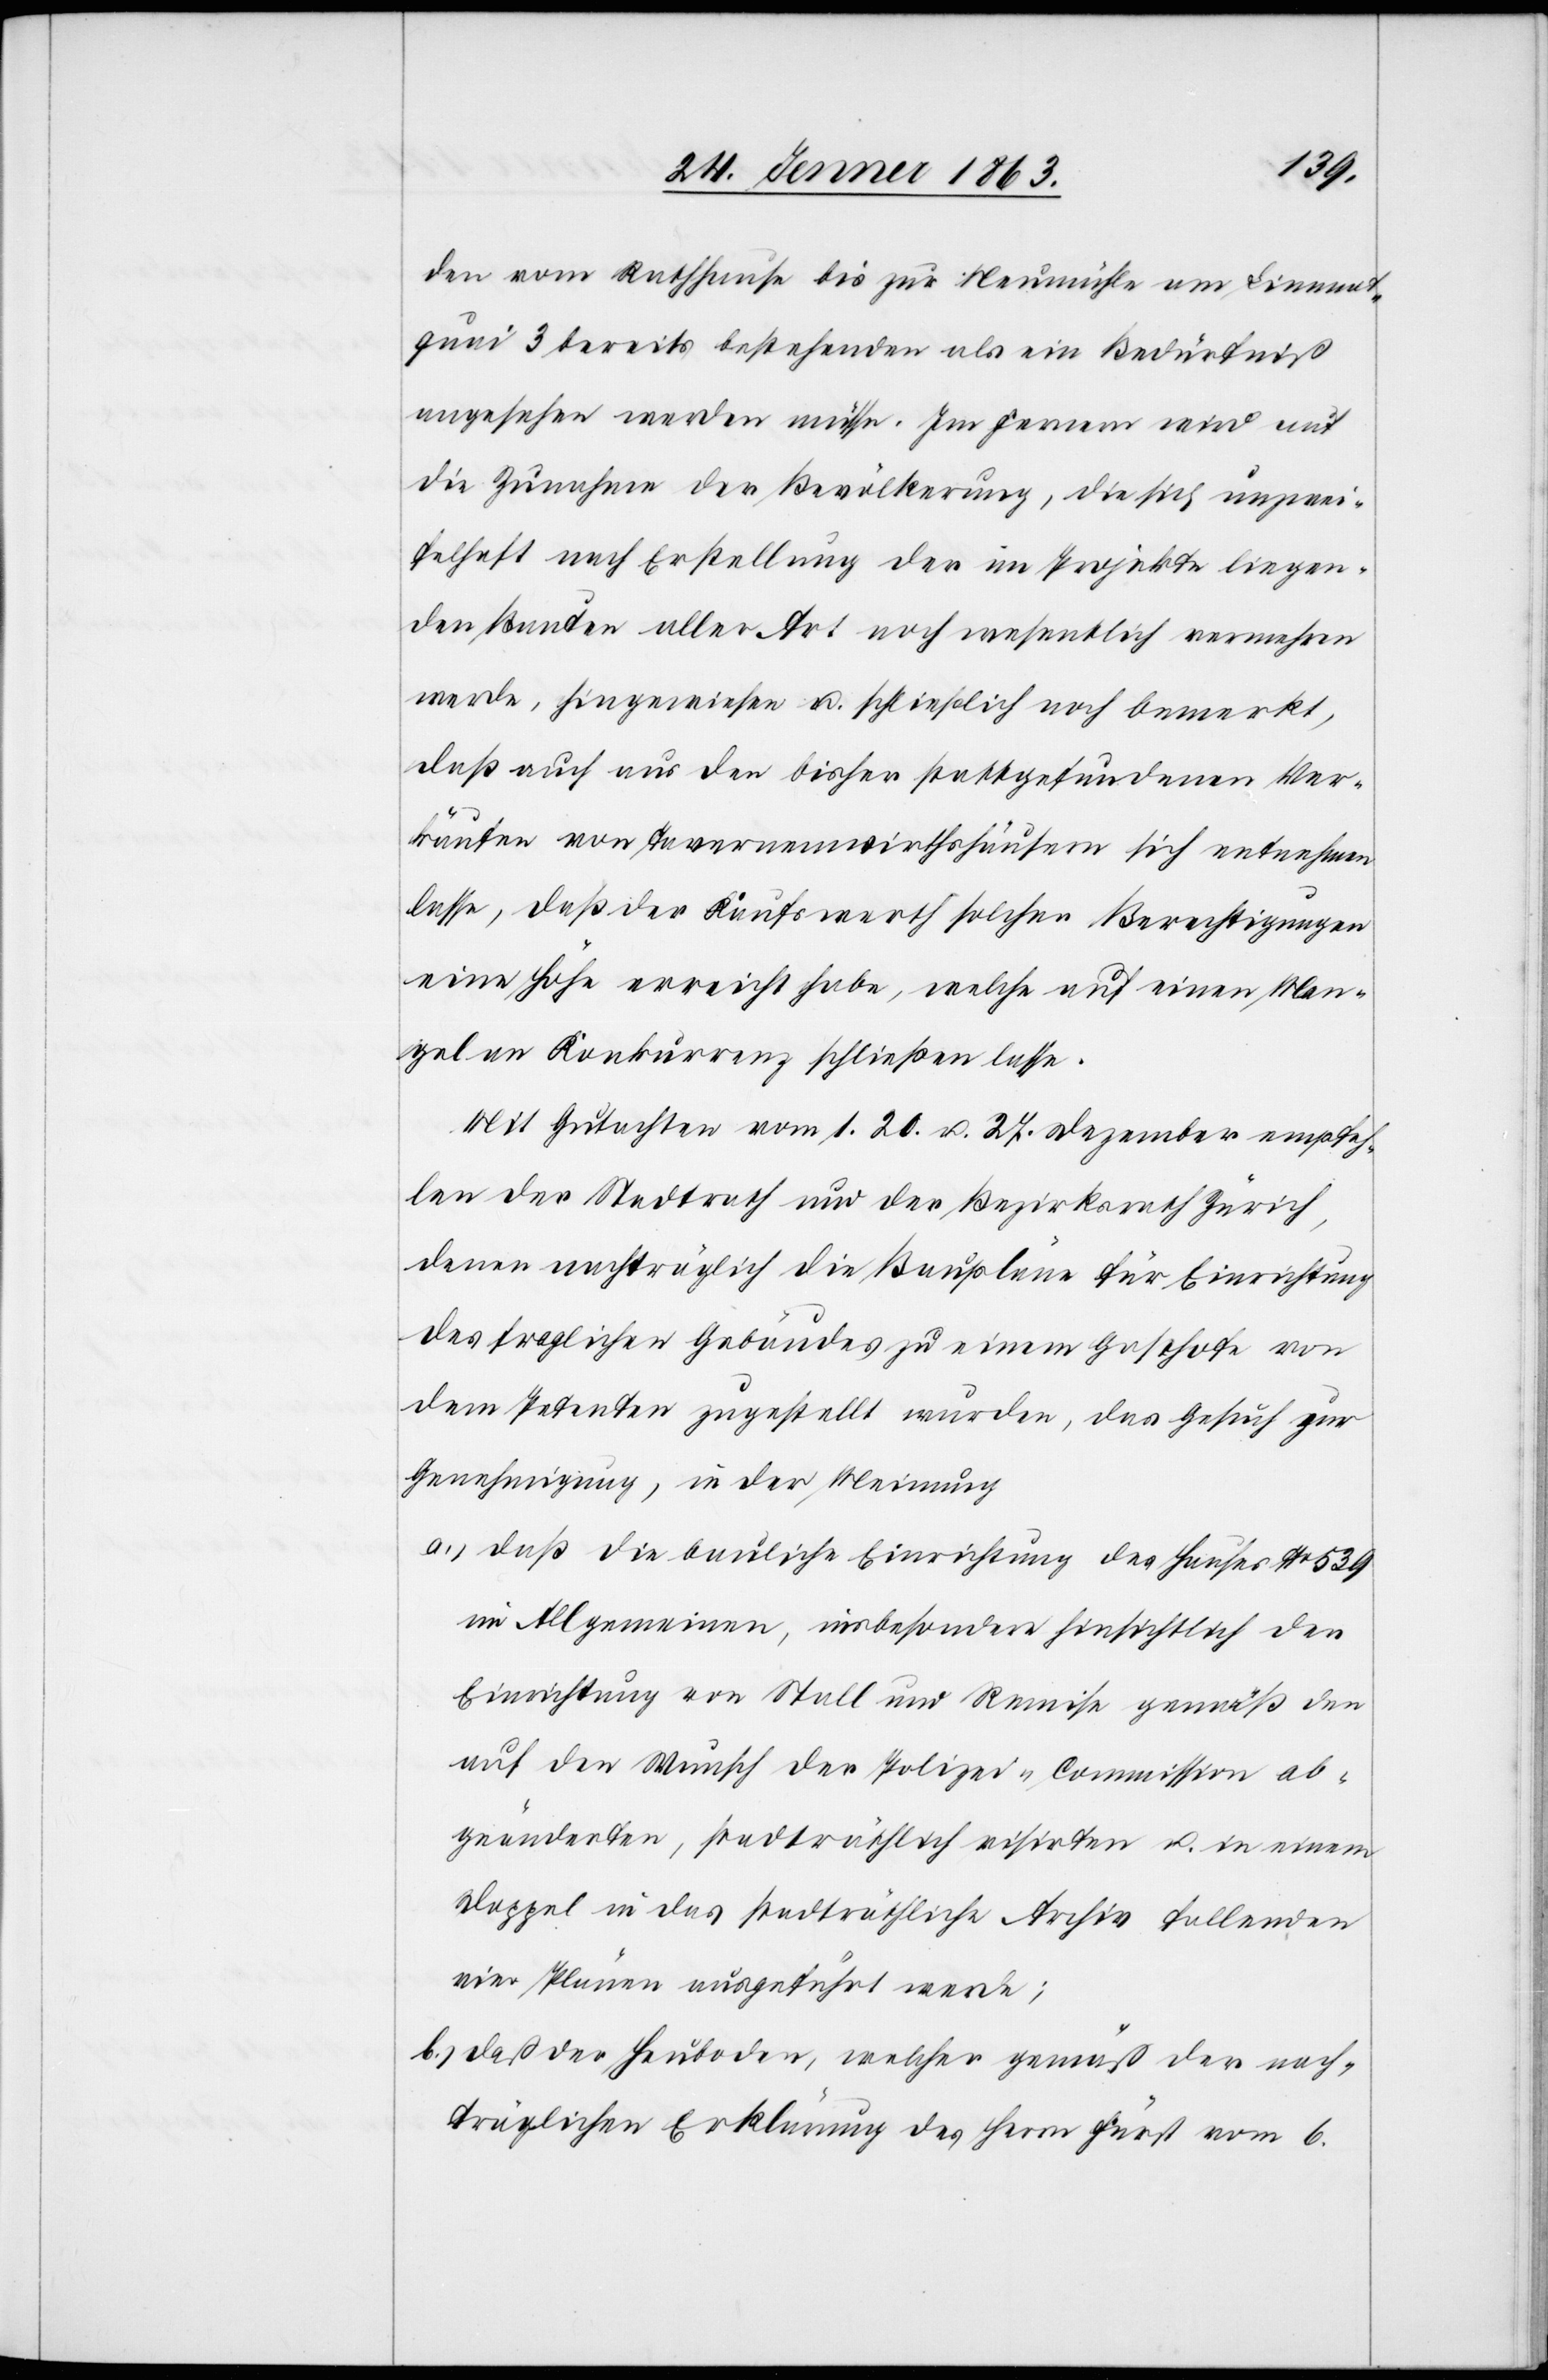
den vom Rathhause bis zur Neumühle am Limma¬
tquai 3 bereits bestehenden als ein Bedürfniß
angesehen werden müsse. Im Fernern wird auf
die Zunahme der Bevölkerung, die sich unzwei¬
felhaft nach Erstellung der im Projekte liegen¬
den Bauten aller Art noch wesentlich vermehren
werde, hingewiesen u. schließlich noch bemerkt,
daß auch aus den bisher stattgefundenen Ver¬
käufen von Tavernenwirthshäusern sich entnehmen
lasse, daß der Kaufswerth solcher Berechtigungen
eine Höhe erreicht habe, welche auf einen Man¬
gel an Konkurrenz schließen lasse.
Mit Gutachten vom 1.[,] 20. u. 27. Dezember empfeh¬
len der Stadtrath und der Bezirksrath Zürich,
denen nachträglich die Baupläne für Einrichtung
des fraglichen Gebäudes zu einem Gasthofe von
dem Petenten zugestellt wurden, das Gesuch zur
Genehmigung, in der Meinung
a.) daß die bauliche Einrichtung des Hauses No 539
im Allgemeinen, insbesondere hinsichtlich der
Einrichtung von Stall und Remise gemäß den
auf den Wunsch der Polizei-Commission ab¬
geänderten, stadträthlich visirten u. in einem
Doppel in das stadträthliche Archiv fallenden
vier Plänen ausgeführt werde;
b.) daß der Heuboden, welcher gemäß der nach¬
träglichen Erklärung des Herrn Fürst vom 6.